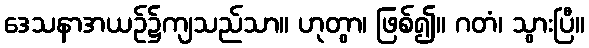
ဒေသနာအယဉ်၌ကျသည်သာ။ ဟုတွာ၊ ဖြစ်၍။ ဂတံ၊ သွားပြီ။